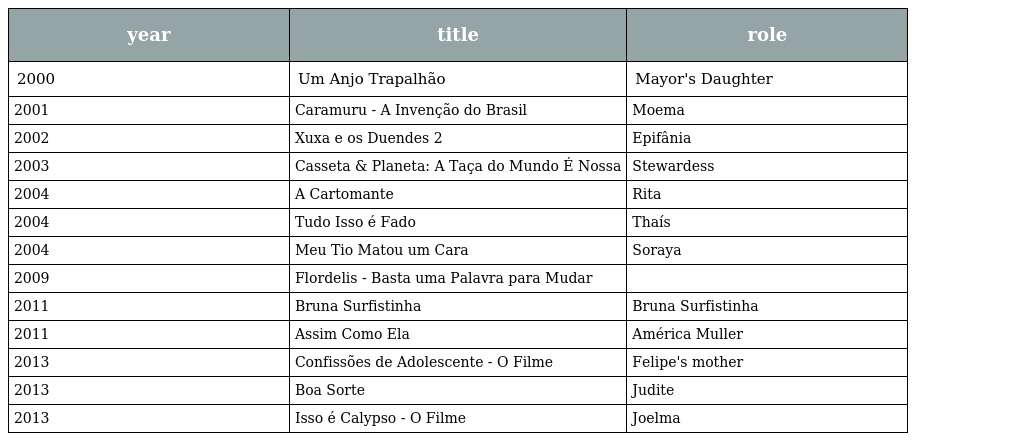
| year | title | role |
 | --- | --- | --- |
 | 2000 | Um Anjo Trapalhão | Mayor's Daughter |
 | 2001 | Caramuru - A Invenção do Brasil | Moema |
 | 2002 | Xuxa e os Duendes 2 | Epifânia |
 | 2003 | Casseta & Planeta: A Taça do Mundo É Nossa | Stewardess |
 | 2004 | A Cartomante | Rita |
 | 2004 | Tudo Isso é Fado | Thaís |
 | 2004 | Meu Tio Matou um Cara | Soraya |
 | 2009 | Flordelis - Basta uma Palavra para Mudar |  |
 | 2011 | Bruna Surfistinha | Bruna Surfistinha |
 | 2011 | Assim Como Ela | América Muller |
 | 2013 | Confissões de Adolescente - O Filme | Felipe's mother |
 | 2013 | Boa Sorte | Judite |
 | 2013 | Isso é Calypso - O Filme | Joelma |